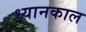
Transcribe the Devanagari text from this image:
ध्यानकाल